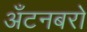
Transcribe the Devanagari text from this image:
अँटनबरो